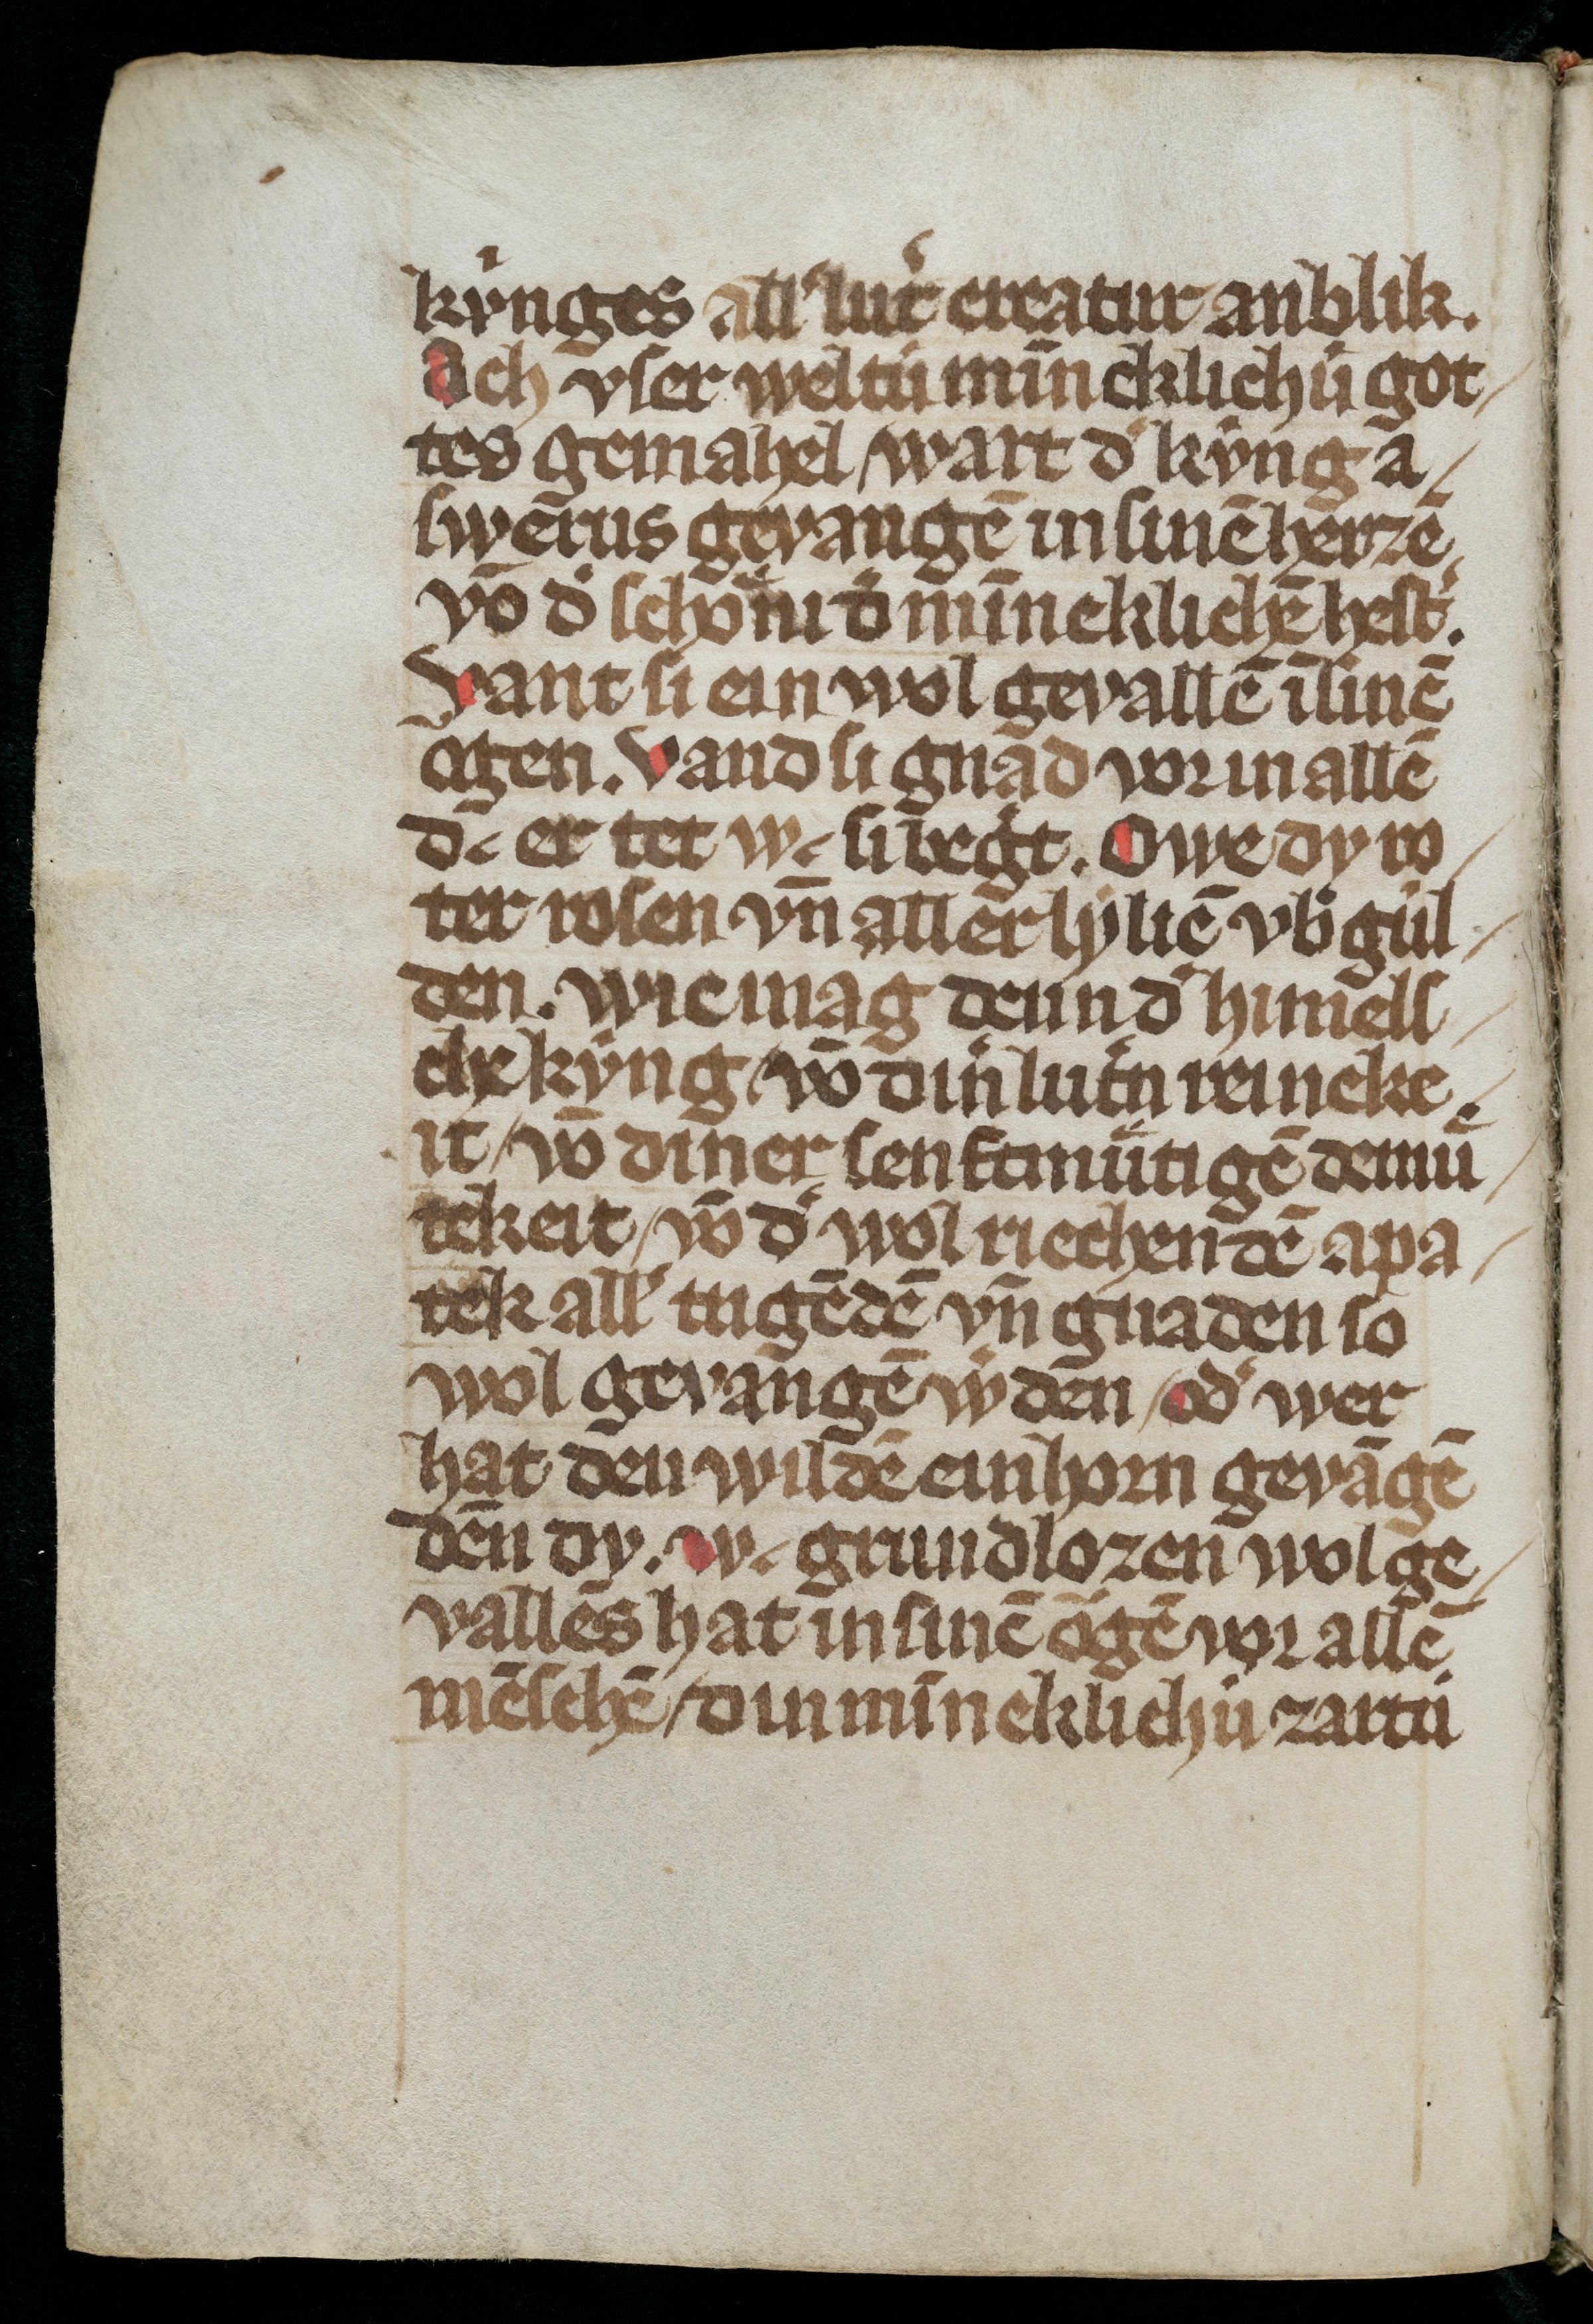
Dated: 1300–1399